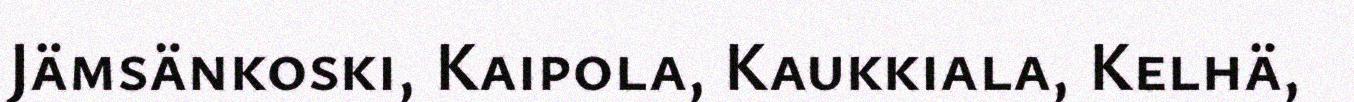
Jämsänkoski, Kaipola, Kaukkiala, Kelhä,